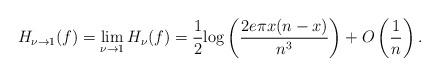
LaTeX: \begin{align*} H_{\nu \to 1}(f) = \lim_{\nu \to 1}H_{\nu}(f) = \frac{1}{2} {\rm log} \left( \frac{ 2 e \pi x (n-x) } {n^3} \right) + O\left(\frac{1}{n} \right) . \end{align*}